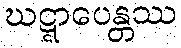
ဃဋ္ဋာပေန္တဿ